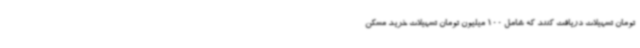
تومان تسهیلات دریافت کنند که شامل 100 میلیون تومان تسهیلات خرید مسکن